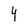
Character: 4